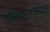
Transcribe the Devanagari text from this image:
श्रीशिवपराज्योदयम्